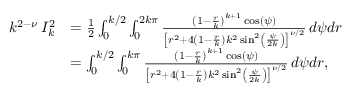
\begin{array} { r l } { k ^ { 2 - \nu } \, I _ { k } ^ { 2 } } & { = \frac { 1 } { 2 } \int _ { 0 } ^ { k / 2 } \int _ { 0 } ^ { 2 k \pi } \frac { \left( 1 - \frac { r } { k } \right) ^ { k + 1 } \cos ( \psi ) } { \left[ r ^ { 2 } + 4 \left( 1 - \frac { r } { k } \right) k ^ { 2 } \sin ^ { 2 } \left( \frac { \psi } { 2 k } \right) \right] ^ { \nu / 2 } } \, d \psi d r } \\ & { = \int _ { 0 } ^ { k / 2 } \int _ { 0 } ^ { k \pi } \frac { \left( 1 - \frac { r } { k } \right) ^ { k + 1 } \cos ( \psi ) } { \left[ r ^ { 2 } + 4 \left( 1 - \frac { r } { k } \right) k ^ { 2 } \sin ^ { 2 } \left( \frac { \psi } { 2 k } \right) \right] ^ { \nu / 2 } } \, d \psi d r , } \end{array}